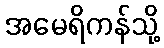
အမေရိကန်သို့